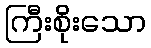
ကြီးစိုးသော